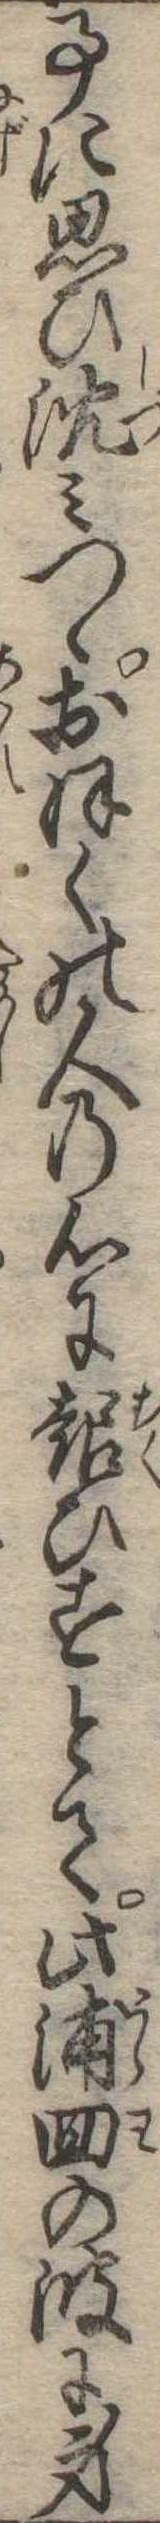
事に思ひ沈みつゝおほくの人の心に報ひすとて此浦回の波に身